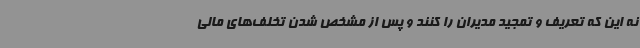
نه این که تعریف و تمجید مدیران را کنند و پس از مشخص شدن تخلف‌های مالی